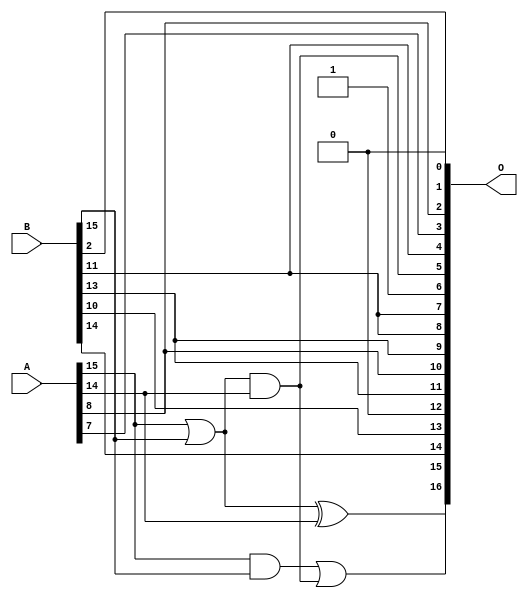
// This program was cloned from: https://github.com/ehw-fit/evoapproxlib
// License: MIT License

/***
* This code is a part of EvoApproxLib library (ehw.fit.vutbr.cz/approxlib) distributed under The MIT License.
* When used, please cite the following article(s):  
* This file contains a circuit from a sub-set of pareto optimal circuits with respect to the pwr and wce parameters
***/
// MAE% = 9.90 %
// MAE = 12976 
// WCE% = 34.18 %
// WCE = 44805 
// WCRE% = 6300.00 %
// EP% = 100.00 %
// MRE% = 22.35 %
// MSE = 25358.103e4 
// PDK45_PWR = 0.0041 mW
// PDK45_AREA = 18.3 um2
// PDK45_DELAY = 0.20 ns


module add16u_0MH(A, B, O);
  input [15:0] A, B;
  output [16:0] O;
  wire sig_103, sig_104, sig_105;
  assign O[4] = B[11];
  assign O[12] = 1'b0;
  assign O[6] = 1'b1;
  assign O[1] = 1'b0;
  assign sig_103 = A[14];
  assign sig_104 = A[15] | B[15];
  assign sig_105 = A[15] & B[15];
  assign O[5] = sig_104 & sig_103;
  assign O[15] = sig_104 ^ sig_103;
  assign O[16] = sig_105 | O[5];
  assign O[0] = B[2];
  assign O[2] = A[8];
  assign O[3] = A[7];
  assign O[7] = O[4];
  assign O[8] = B[11];
  assign O[9] = B[13];
  assign O[10] = A[8];
  assign O[11] = B[13];
  assign O[13] = B[10];
  assign O[14] = B[14];
endmodule